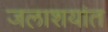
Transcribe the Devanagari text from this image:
जलाशयांत